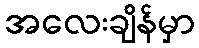
အလေးချိန်မှာ